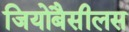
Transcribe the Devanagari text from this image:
जियोबैसीलस